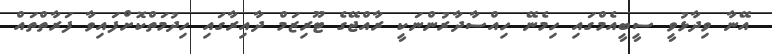
އޭނާ ވިދާޅުވީ ސީބީއެމްގައި ހިމެނޭ ހިއްސާދާރުންނަކީ ރާއްޖޭގެ ޓޫރިޒަމް ދާއިރާގައި ހިދުމަތްކޮށްފައިވާ ފަރާތްތައް